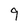
Character: 9